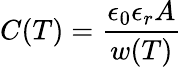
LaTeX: C(T)=\frac{\epsilon_{0}\epsilon_{r}A}{w(T)}